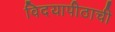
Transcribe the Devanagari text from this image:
विदयापीठाची